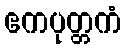
ဧကပုတ္တကံ